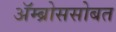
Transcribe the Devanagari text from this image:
ॲम्ब्रोससोबत